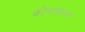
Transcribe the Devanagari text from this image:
कोनाकमन